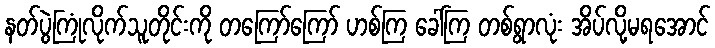
နတ်ပွဲကြုံလိုက်သူတိုင်းကို တကြော်ကြော် ဟစ်ကြ ခေါ်ကြ တစ်ရွာလုံး အိပ်လို့မရအောင်